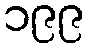
၁၉၉